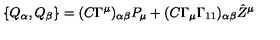
\{ Q _ { \alpha } , Q _ { \beta } \} = ( C \Gamma ^ { \mu } ) _ { \alpha \beta } P _ { \mu } + ( C \Gamma _ { \mu } \Gamma _ { 1 1 } ) _ { \alpha \beta } { \hat { Z } } ^ { \mu }